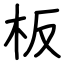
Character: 板